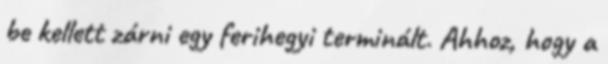
be kellett zárni egy ferihegyi terminált. Ahhoz, hogy a